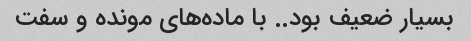
بسیار ضعیف بود.. با ماده‌های مونده و سفت